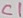
Text: C1